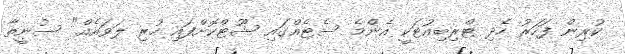
ކުރިން ފަހަރު ހެދި ޓްރިބިއުޓަކީ އެންމެ ސެޓެއްގައި ޝޫޓްކޮށްފައި ހުރި ލަވައެއް" ސުނީތާ